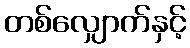
တစ်လျှောက်နှင့်